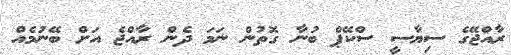
ރާއްޖޭގެ ސިޔާސީ ސްކޭޕް ބުނާ ގޮތުން ނަމަ ދެން ރާއްޖެ އަށް ބޭނުމެއް